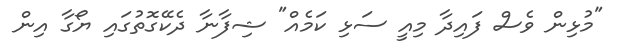
"މުޅިން ވެސް ފައިދާ މިއީ ސަޅި ކަމެއް" ޝިފާނާ ދެކޭގޮތުގައި ޔޯގާ އިން